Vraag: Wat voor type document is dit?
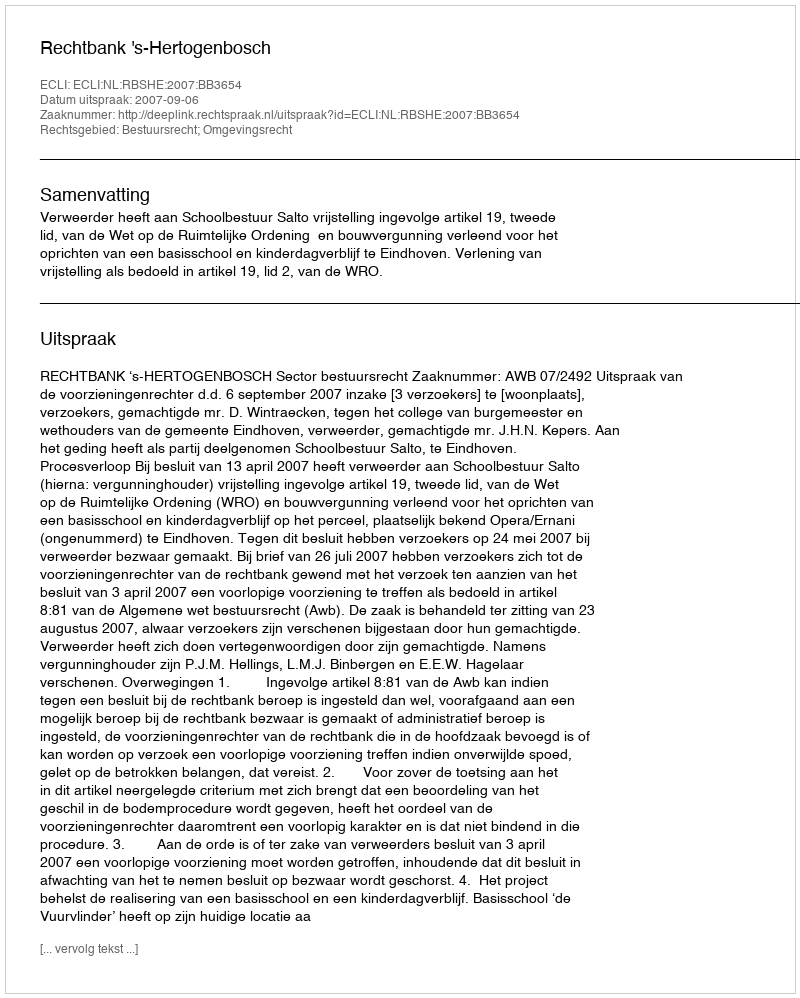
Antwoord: Uitspraak